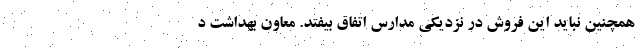
همچنین نباید این فروش در نزدیکی مدارس اتفاق بیفتد. معاون بهداشت د